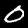
Digit: 0